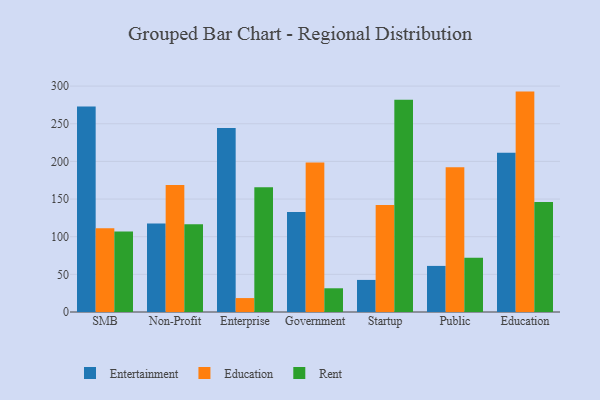
{"axis": {"x": "Segment", "y": "Temperature (°C)"}, "legend": ["Education", "Entertainment", "Rent"], "data": [{"x": "SMB", "y": 272.8, "type": "Entertainment"}, {"x": "SMB", "y": 111.3, "type": "Education"}, {"x": "SMB", "y": 107.0, "type": "Rent"}, {"x": "Non-Profit", "y": 117.4, "type": "Entertainment"}, {"x": "Non-Profit", "y": 168.6, "type": "Education"}, {"x": "Non-Profit", "y": 116.7, "type": "Rent"}, {"x": "Enterprise", "y": 244.3, "type": "Entertainment"}, {"x": "Enterprise", "y": 18.5, "type": "Education"}, {"x": "Enterprise", "y": 165.6, "type": "Rent"}, {"x": "Government", "y": 132.9, "type": "Entertainment"}, {"x": "Government", "y": 198.5, "type": "Education"}, {"x": "Government", "y": 31.5, "type": "Rent"}, {"x": "Startup", "y": 42.6, "type": "Entertainment"}, {"x": "Startup", "y": 142.1, "type": "Education"}, {"x": "Startup", "y": 281.9, "type": "Rent"}, {"x": "Public", "y": 61.2, "type": "Entertainment"}, {"x": "Public", "y": 192.1, "type": "Education"}, {"x": "Public", "y": 72.2, "type": "Rent"}, {"x": "Education", "y": 211.5, "type": "Entertainment"}, {"x": "Education", "y": 292.7, "type": "Education"}, {"x": "Education", "y": 146.1, "type": "Rent"}]}